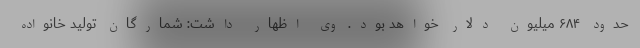
حدود ۶۸۴ میلیون دلار خواهد بود. وی اظهار داشت: شمارگان تولید خانواده